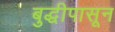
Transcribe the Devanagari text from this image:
बुद्धीपासून